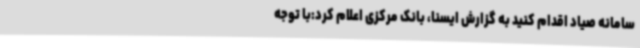
سامانه صیاد اقدام کنید به گزارش ایسنا، بانک مرکزی اعلام کرد:با توجه